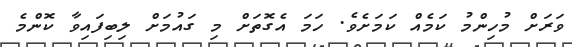
ވަރަށް މުހިންމު ކަމެއް ކަމަށެވެ. ހަމަ އެގޮތަށް މި ގައުމަށް ލިބިފައިވާ ކޮންމެ